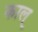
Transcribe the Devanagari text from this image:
काल्